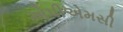
એપીએમસી